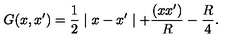
G ( x , x ^ { \prime } ) = \frac { 1 } { 2 } \mid x - x ^ { \prime } \mid + { \frac { ( x x ^ { \prime } ) } { R } } - { \frac { R } { 4 } } .